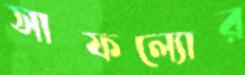
সাফল্যোর